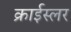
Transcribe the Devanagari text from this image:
क्राईस्लर